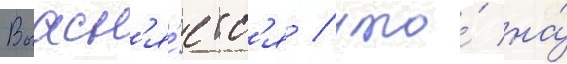
Выасн'я́етс'я / что́ на́